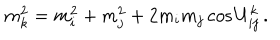
LaTeX: m _ { k } ^ { 2 } = m _ { i } ^ { 2 } + m _ { j } ^ { 2 } + 2 m _ { i } m _ { j } \cos U _ { i j } ^ { k } \, .